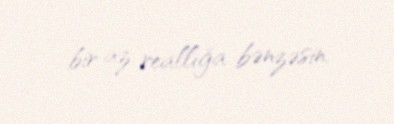
bir az reallığa bənzəsin.